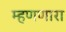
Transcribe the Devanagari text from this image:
म्हणणारा